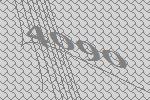
4090